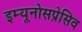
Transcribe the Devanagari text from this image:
इम्यूनोसप्रेसिव